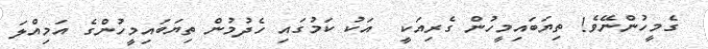
ގެމީހުންނޭވެ! ތިޔަބައިމީހުން ގެރިއަކީ  އަކު ކަމުގައި ހެދުމުން ތިޔަބައިމީހުންގެ އަމިއްލަ